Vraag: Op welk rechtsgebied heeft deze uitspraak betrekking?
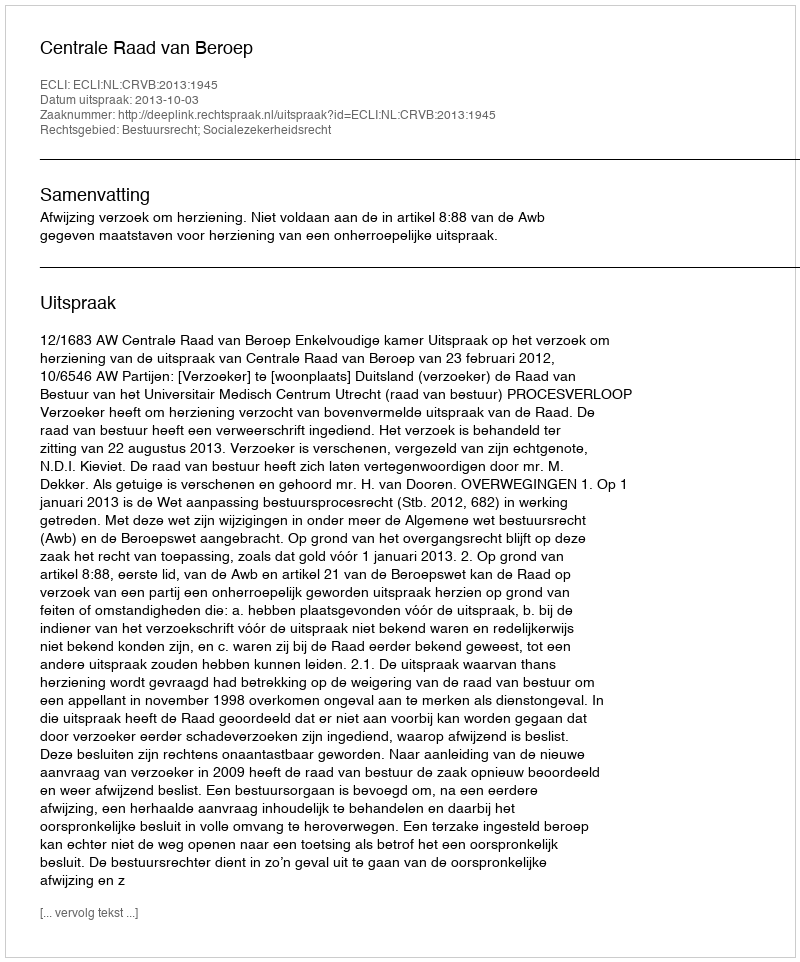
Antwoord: Bestuursrecht; Socialezekerheidsrecht